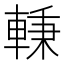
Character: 𰹖